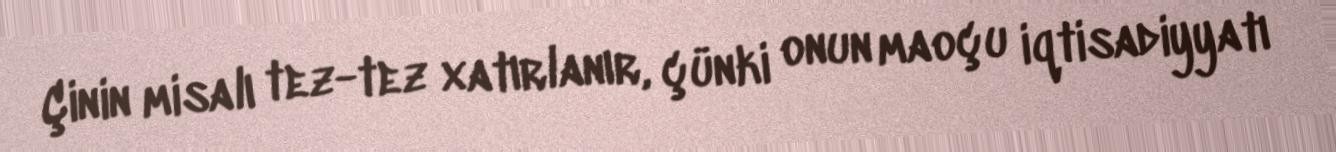
Çinin misalı tez-tez xatırlanır, çünki onun maoçu iqtisadiyyatı